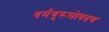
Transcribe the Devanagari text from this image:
धर्मगुरूसोबतच